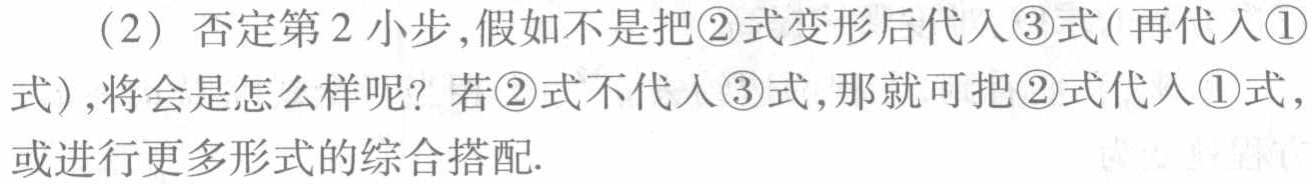
（2）否定第2小步,假如不是把\textcircled{2}式变形后代入\textcircled{3}式(再代入\textcircled{1}式),将会是怎么样呢？若\textcircled{2}式不代入\textcircled{3}式,那就可把\textcircled{2}式代入\textcircled{1}式,或进行更多形式的综合搭配.